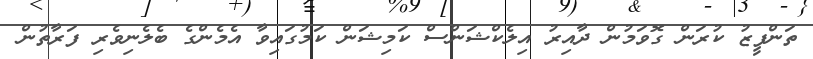
ތަންފީޒު ކުރަން ގޮވަމުން ދާއިރު އިލެކްޝަންސް ކަމިޝަން ކަމުގައިވާ އެމެންގެ ބެލެނިވެރި ފަރާތުން